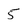
Character: 5